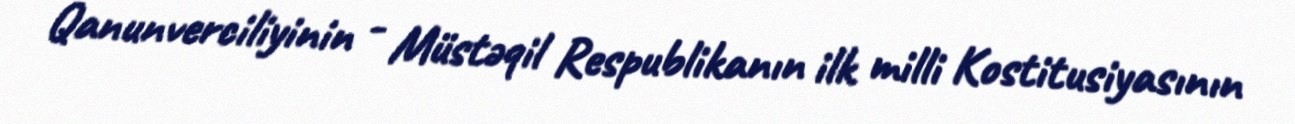
Qanunverciliyinin - Müstəqil Respublikanın ilk milli Kostitusiyasının